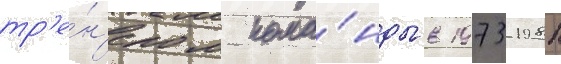
тр'е́н'ером кома́нды в 1973-1981